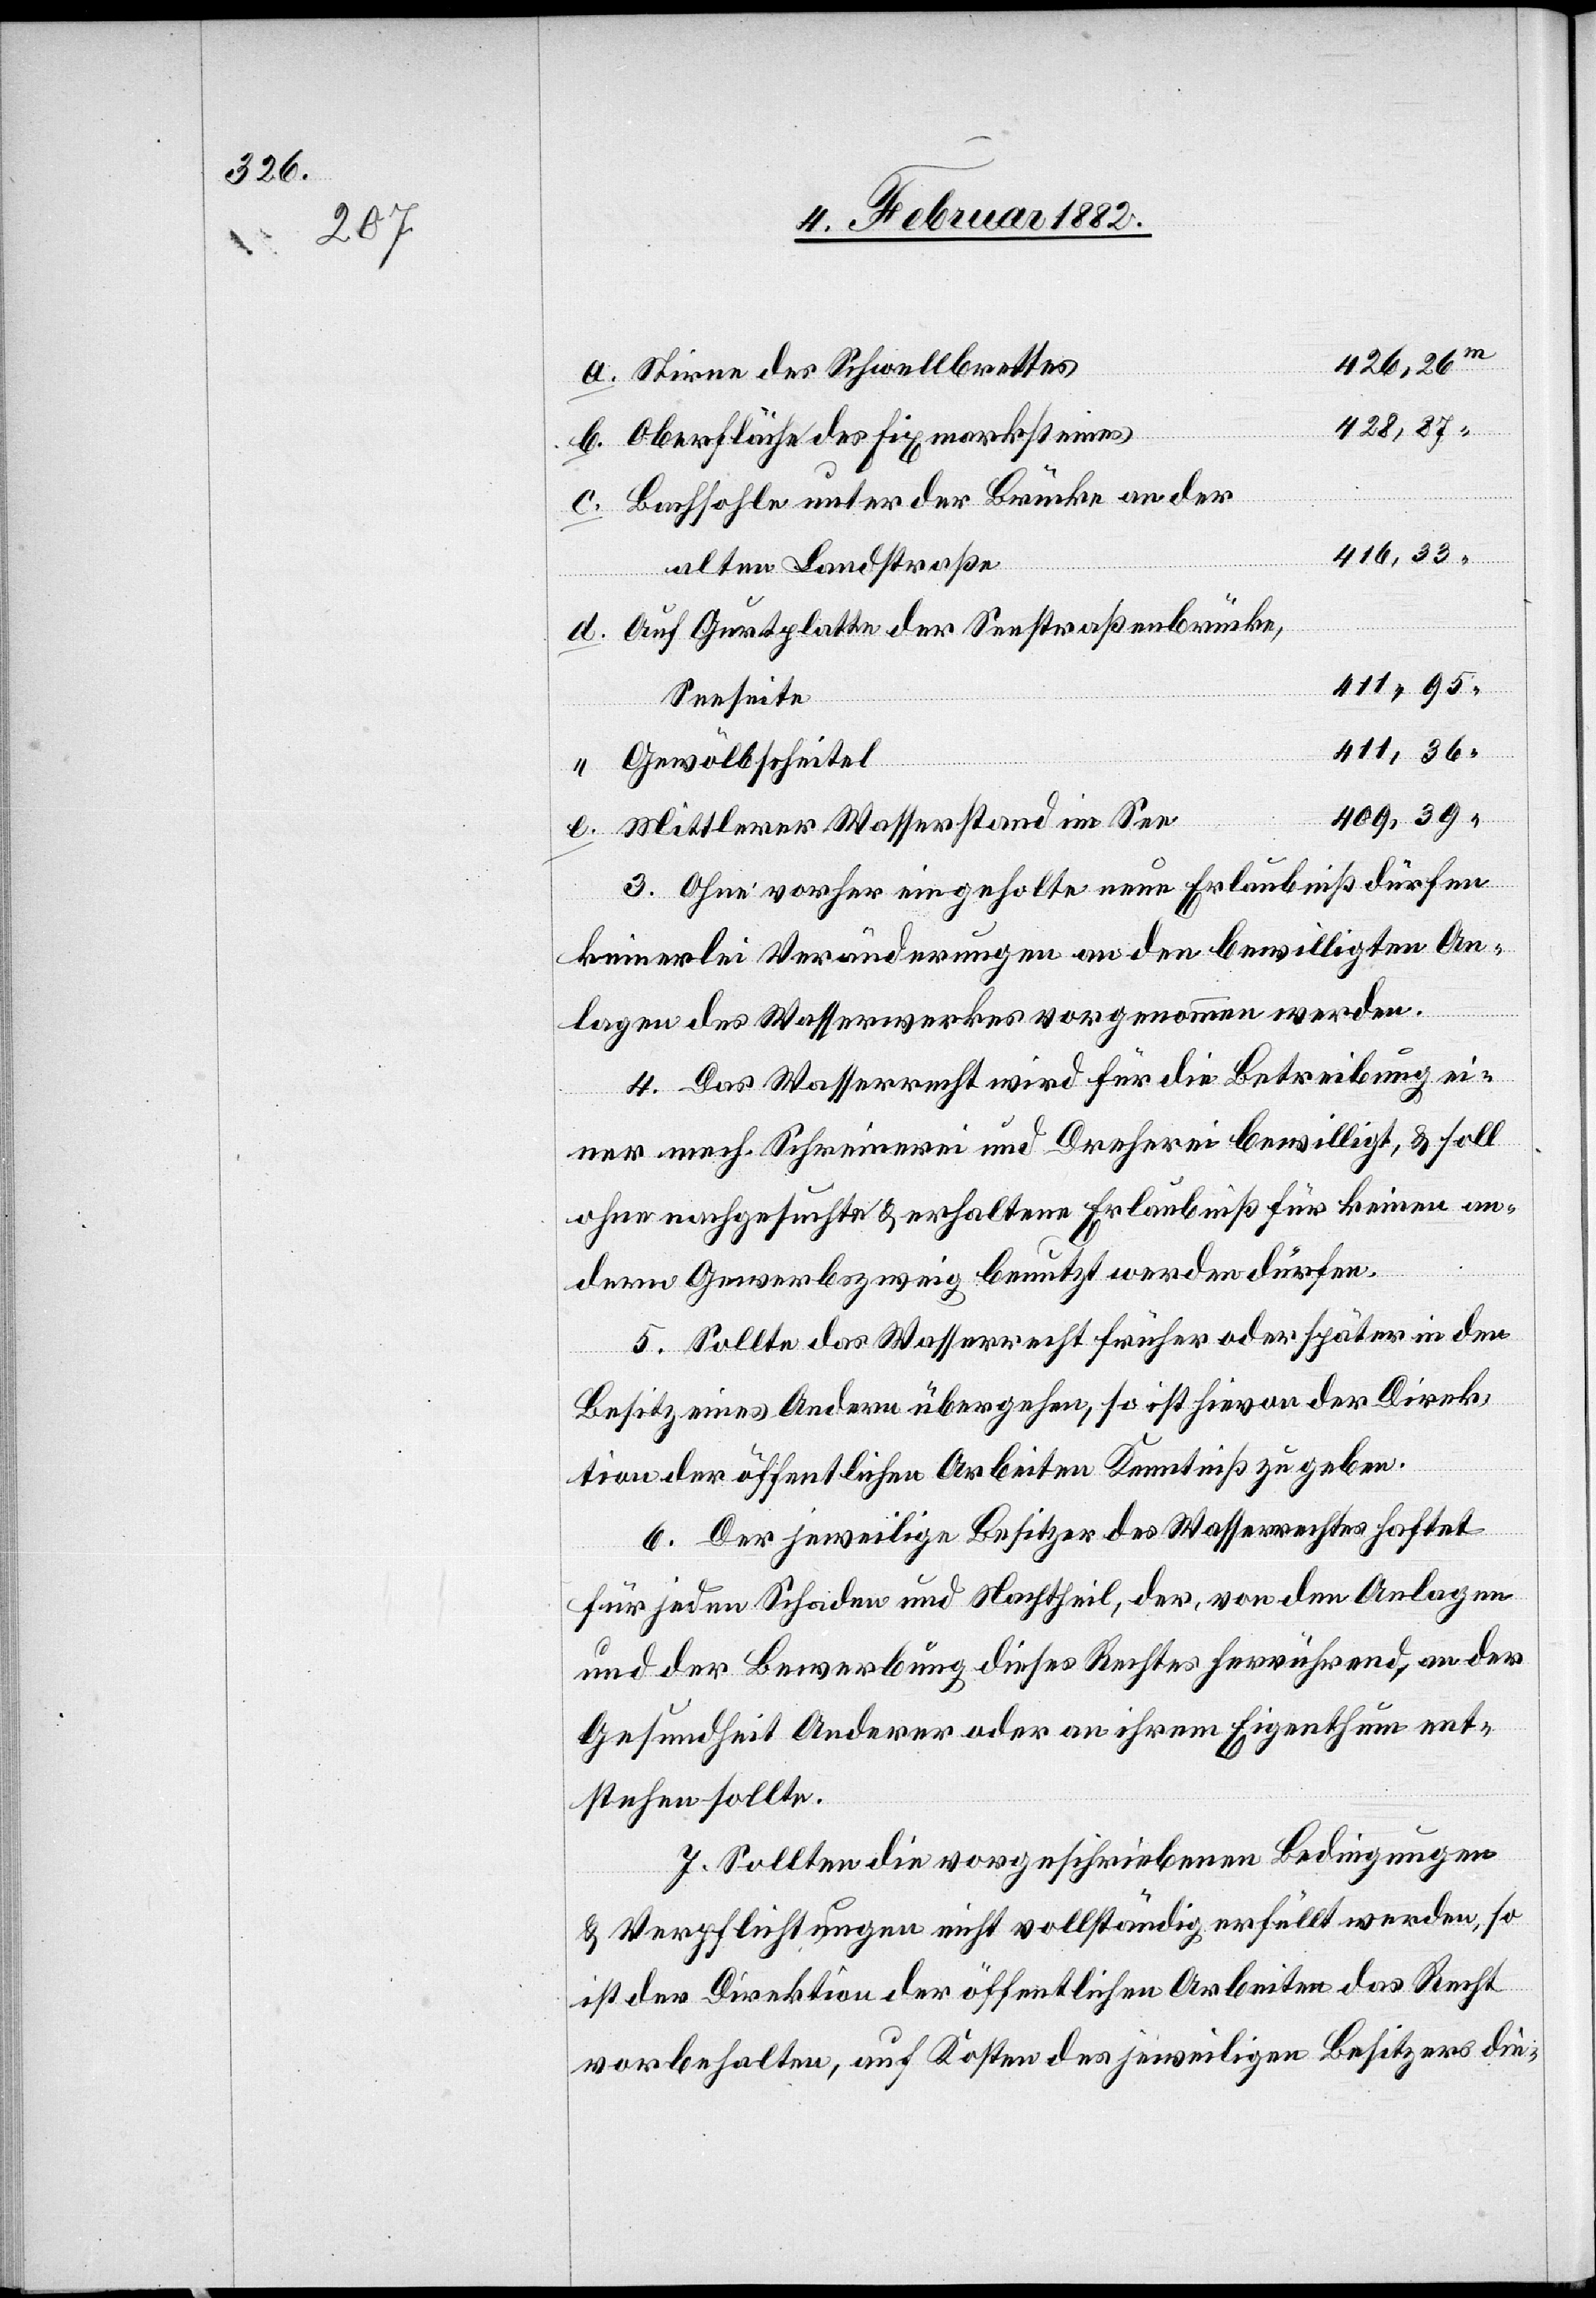
411,36“
“ Stirne des Schwellbrettes
428,87“
b. Oberfläche des Fixmarksteines
c. Bachsohle unter der Brücke an der
416,33“
alten Landstraße
d. Auf Gurtplatte der Seestraßenbrücke,
411,95“
Seeseite
“ Gewölbscheitel
409,39“
e. Mittlerer Wasserstand im See
3. Ohne vorher eingeholten neun Erlaubniß dürfen
keinerlei Veränderungen an den bewilligten An¬
lagen des Wasserwerkes vorgenommen werden.
4. Das Wasserrecht wird für die Betreibung ei¬
ner mech. Schreinerei und Dreherei bewilligt, & soll
ohne nachgesuchte & erhaltene Erlaubniß für keinen an¬
deren Gewerbezweig benutzt werden dürfen.
5. Sollte das Wasserrecht früher oder später in den
Besitz eines Anderen übergehen, so ist hievon der Direk¬
tion der öffentlichen Arbeiten Kenntniß zu geben.
6. Der jeweilige Besitzer des Wasserrechtes haftet
für jeden Schaden und Nachtheil, der, von den Anlagen
und der Bewerbung dieses Rechtes herrührend an der
Gesundheit Anderer oder an ihrem Eigenthum ent¬
stehen sollte.
7. Sollten die vorgeschriebenen Bedingungen
& Verpflichtungen nicht vollständig erfüllt werden, so
ist der Direktion der öffentlichen Arbeiten das Recht
vorbehalten, auf Kosten des jeweiligen Besitzes die-